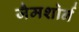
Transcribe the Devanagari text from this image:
जैमशोर्न